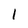
Character: 1